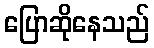
ပြောဆိုနေသည်